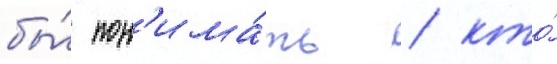
бы́ пон'има́ть / кто́